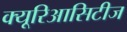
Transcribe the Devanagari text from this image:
क्यूरिआसिटीज